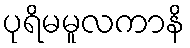
ပုရိမမူလကာနိ